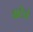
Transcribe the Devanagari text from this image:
वाटेनं